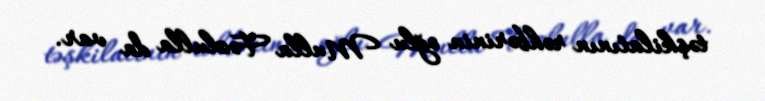
təşkilatının rəhbərinin oğlu Mulla Fəzlulla da var.